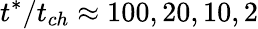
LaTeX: t^{*}/t_{ch}\approx 100,20,10,2